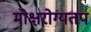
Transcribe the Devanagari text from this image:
मोक्षरोग्यतप